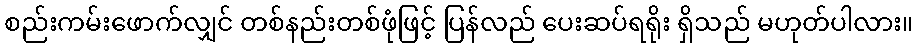
စည်းကမ်းဖောက်လျှင် တစ်နည်းတစ်ဖုံဖြင့် ပြန်လည် ပေးဆပ်ရရိုး ရှိသည် မဟုတ်ပါလား။